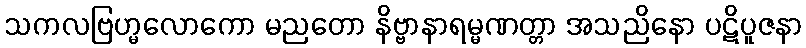
သကလဗြဟ္မလောကော မညတော နိဗ္ဗာနာရမ္မဏတ္တာ အသညိနော ပဋိပူဇနာ